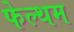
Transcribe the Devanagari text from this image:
फेल्थम